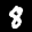
Label: 8